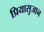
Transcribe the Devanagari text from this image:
प्रियासुजान